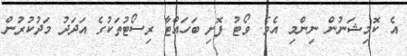
އެ ކޮމިޝަނުން ނިންމި އެވެ. ވޯޓު ފޮށި ބަހައްޓާ ރިސޯޓުތަކުގެ އަދަދު މަދުކުރުން